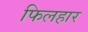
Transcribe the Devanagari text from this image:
फिलहार